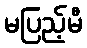
မပြည့်မီ